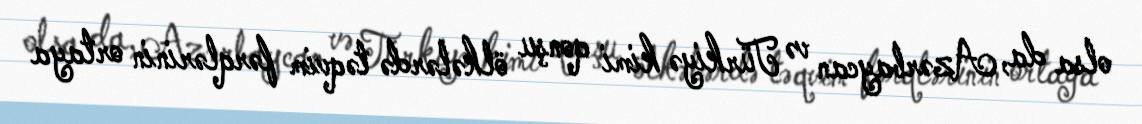
olsa da, Azərbaycan və Türkiyə kimi qonşu ölkələrdə təqvim fərqlərinin ortaya